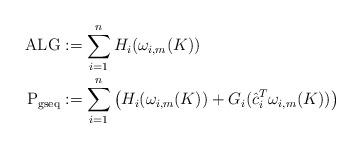
LaTeX: \begin{align*}{\rm ALG}&:= \sum_{i=1}^n H_i(\omega_{i,m}(K))\\{\rm P_{gseq}} &:= \sum_{i=1}^n \big(H_i(\omega_{i,m}(K))+G_i(\hat{c}_i^T \omega_{i,m}(K))\big)\end{align*}